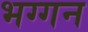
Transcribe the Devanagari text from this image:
भग्गन